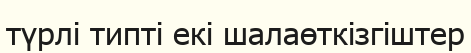
түрлі типті екі шалаөткізгіштер